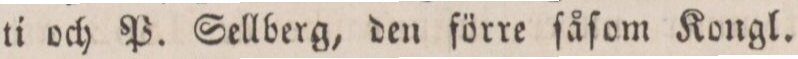
ti och P. Sellberg, den förre ſåſom Kongl.